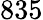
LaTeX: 835